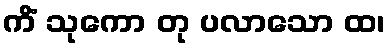
ကိံ သုကော တု ပလာသော ထ၊